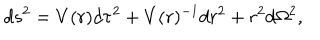
d s ^ { 2 } = V ( r ) d \tau ^ { 2 } + V ( r ) ^ { - 1 } d r ^ { 2 } + r ^ { 2 } d \Omega ^ { 2 } ,